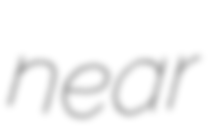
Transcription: near